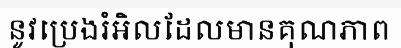
នូវប្រេងរំអិលដែលមានគុណភាព